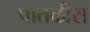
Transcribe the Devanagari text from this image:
पातळीस